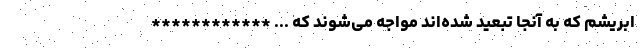
ابریشم که به آنجا تبعید شده‌اند مواجه می‌شوند که ... ************